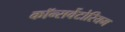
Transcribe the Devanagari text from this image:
कॉन्सर्वेटोरियम